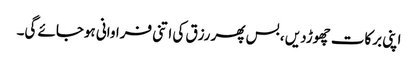
اپنی برکات چھوڑدیں ، بس پھر رزق کی اتنی فراوانی ہوجائے گی۔